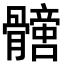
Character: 𩪩